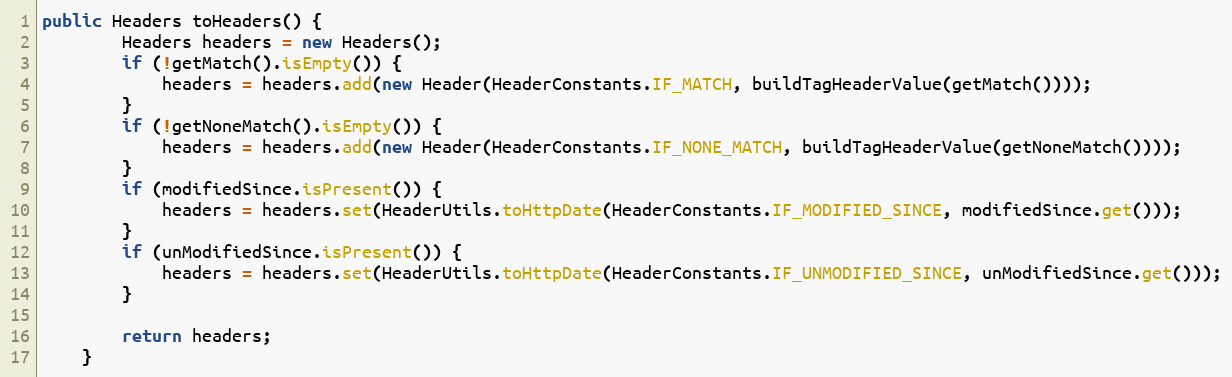
Language: Java
public Headers toHeaders() {
        Headers headers = new Headers();
        if (!getMatch().isEmpty()) {
            headers = headers.add(new Header(HeaderConstants.IF_MATCH, buildTagHeaderValue(getMatch())));
        }
        if (!getNoneMatch().isEmpty()) {
            headers = headers.add(new Header(HeaderConstants.IF_NONE_MATCH, buildTagHeaderValue(getNoneMatch())));
        }
        if (modifiedSince.isPresent()) {
            headers = headers.set(HeaderUtils.toHttpDate(HeaderConstants.IF_MODIFIED_SINCE, modifiedSince.get()));
        }
        if (unModifiedSince.isPresent()) {
            headers = headers.set(HeaderUtils.toHttpDate(HeaderConstants.IF_UNMODIFIED_SINCE, unModifiedSince.get()));
        }

        return headers;
    }